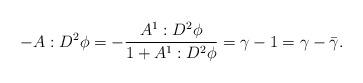
LaTeX: \begin{align*}-A:D^2 \phi = -\frac{A^1 :D^2 \phi}{1+A^1:D^2\phi} = \gamma - 1 = \gamma - \bar{\gamma}.\end{align*}